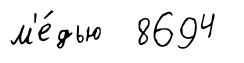
м'е́дью 8694